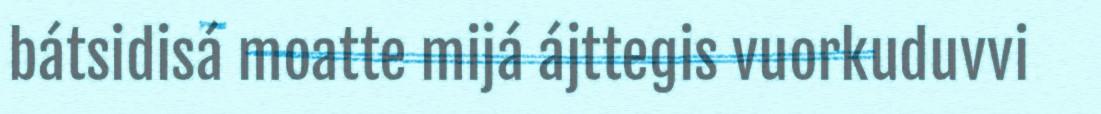
bátsidisá moatte mijá ájttegis vuorkuduvvi